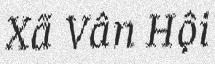
Xã Vân Hội